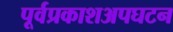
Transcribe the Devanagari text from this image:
पूर्वप्रकाशअपघटन